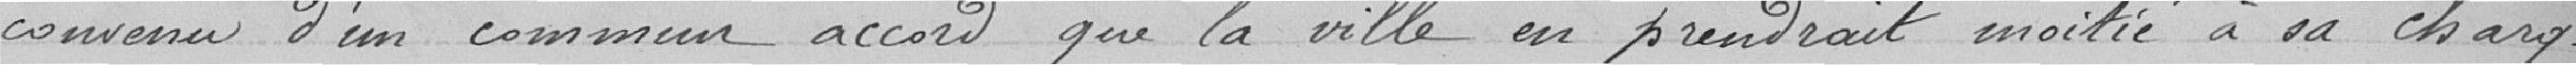
convenu d'un commun accord que la vile en prendrait moitié à sa charge